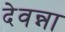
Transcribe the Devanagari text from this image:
देवन्ना